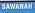
sawanan